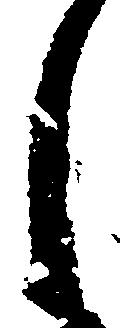
し